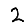
Digit: 2